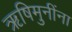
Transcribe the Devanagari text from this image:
ऋषिमुनींना